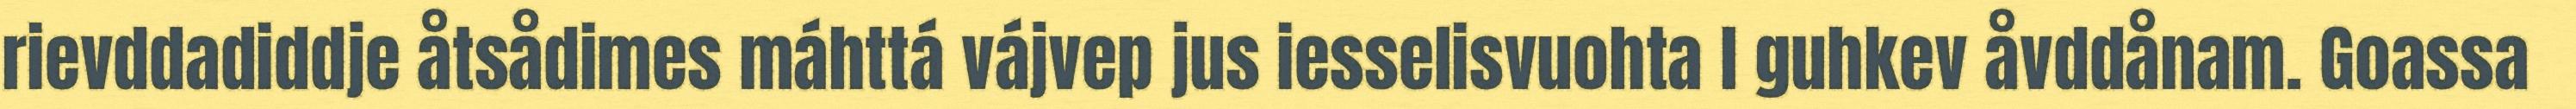
rievddadiddje åtsådimes máhttá vájvep jus iesselisvuohta l guhkev åvddånam. Goassa